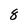
Character: 8